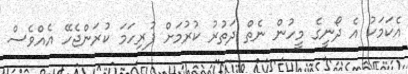
އެކަމަކު އެ ދޯނީގެ މީހުން ނެތް ދަތުރު ކުރުމަށް ފުރިހަމަ ކުރަންޖެހޭ އެއްވެސް